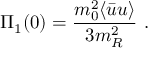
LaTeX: \Pi _ { 1 } ( 0 ) = { \frac { m _ { 0 } ^ { 2 } \langle \bar { u } u \rangle } { 3 m _ { R } ^ { 2 } } } \ .